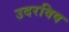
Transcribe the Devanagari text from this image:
उदरविष